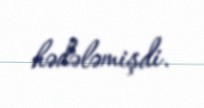
hədələmişdi.